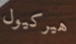
هيركيول